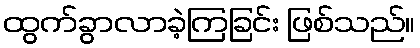
ထွက်ခွာလာခဲ့ကြခြင်း ဖြစ်သည်။